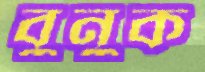
বুনুক